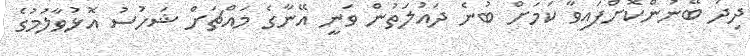
ދިދަ ބޭނުންކޮށްފައިވާ ކަމަށް ބުނެ ދައުލަތުން ވަނީ އޭނާގެ މައްޗަށް ޝަހުސު އޮޅުވާލުމުގެ